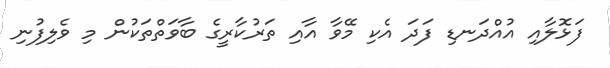
ފަޅޮލާއި އުއްދަނޑި ފަދަ އެކި މޭވާ އާއި ތަރުކާރީގެ ބާވަތްތަކުން މި ވެލިފުނި